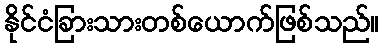
နိုင်ငံခြားသားတစ်ယောက်ဖြစ်သည်။